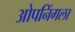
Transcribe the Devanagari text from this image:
ओपनिंगला